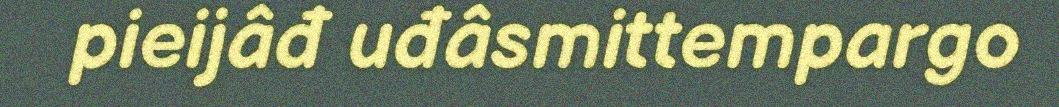
pieijâđ uđâsmittempargo